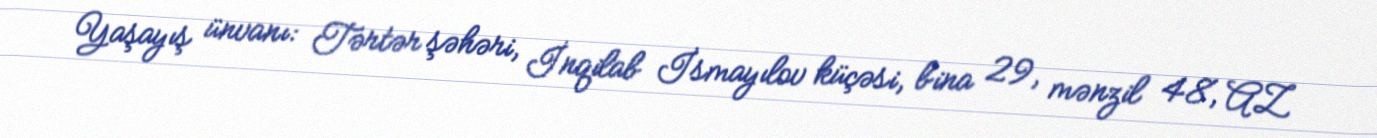
Yaşayış ünvanı: Tərtər şəhəri, İnqilab İsmayılov küçəsi, bina 29, mənzil 48, AZ